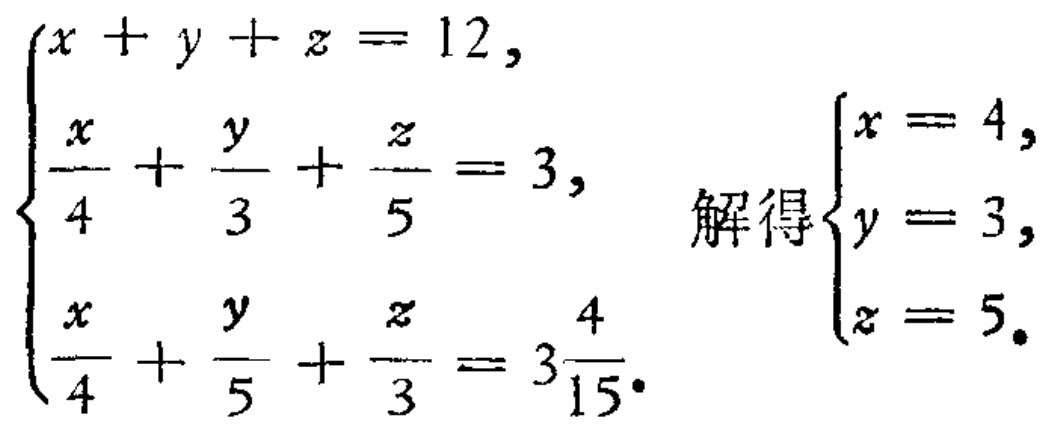
\[\begin{cases}
x + y + z = 12, \\
\frac{x}{4} + \frac{y}{3} + \frac{z}{5} = 3, \\
\frac{x}{4} + \frac{y}{5} + \frac{z}{3} = 3\frac{4}{15}.
\end{cases}
\quad
\text{解得}
\begin{cases}
x = 4, \\
y = 3, \\
z = 5.
\end{cases}\]